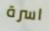
اسرة